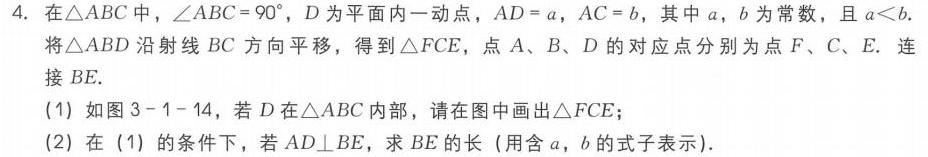
4. 在\(\triangle ABC\)中，\(\angle ABC = 90^{\circ}\)，\(D\)为平面内一动点，\(AD = a\)，\(AC = b\)，其中\(a\)，\(b\)为常数，且\(a < b\)。将\(\triangle ABD\)沿射线\(BC\)方向平移，得到\(\triangle FCE\)，点\(A\)、\(B\)、\(D\)的对应点分别为点\(F\)、\(C\)、\(E\)。连接\(BE\)。
(1) 如图\(3 - 1 - 14\)，若\(D\)在\(\triangle ABC\)内部，请在图中画出\(\triangle FCE\)；
(2) 在(1)的条件下，若\(AD\perp BE\)，求\(BE\)的长（用含\(a\)，\(b\)的式子表示）。